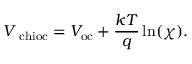
\quad V _ { \mathrm { \ c h i o c } } = V _ { \mathrm { o c } } + { \frac { k T } { q } } \ln ( \chi ) .